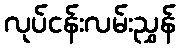
လုပ်ငန်းလမ်းညွှန်